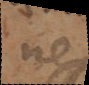
ne